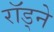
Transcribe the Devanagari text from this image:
राॅड्ने